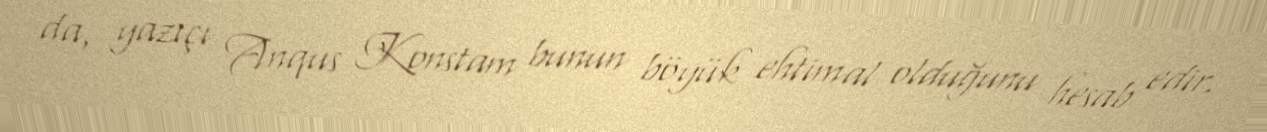
da, yazıçı Anqus Konstam bunun böyük ehtimal olduğunu hesab edir.